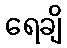
ရေချိ